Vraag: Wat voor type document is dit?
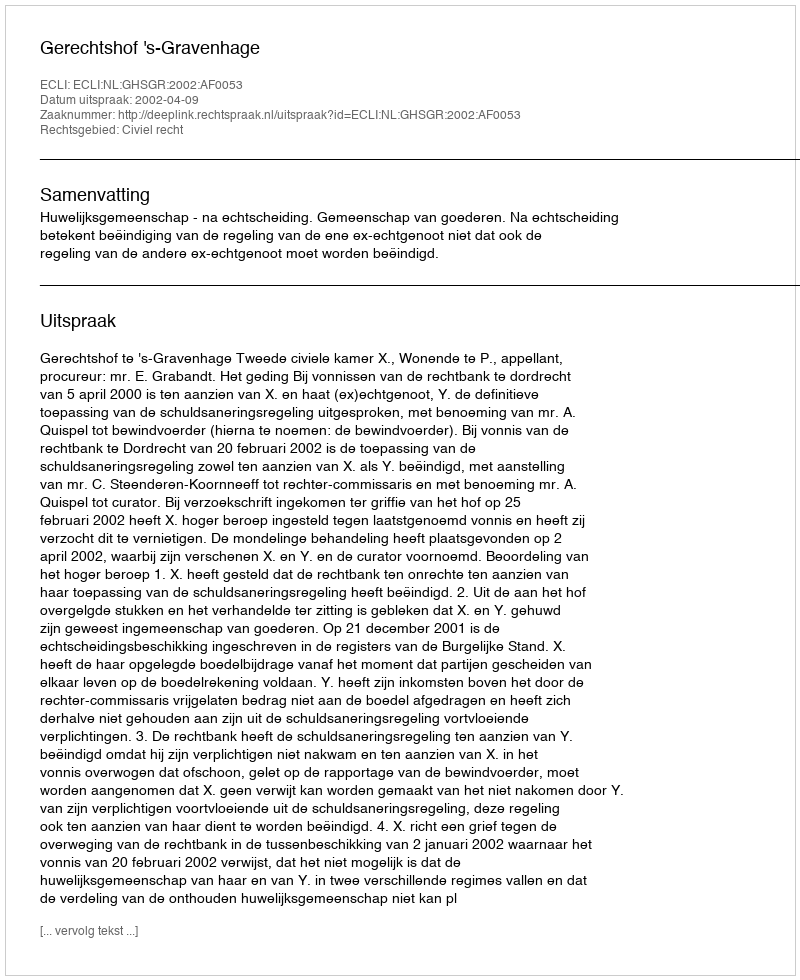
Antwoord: Uitspraak